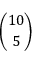
\binom { 1 0 } { 5 }